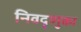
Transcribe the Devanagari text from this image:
निवद्णुका